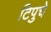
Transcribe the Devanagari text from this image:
टिपुचे